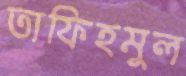
তাফিহমুল